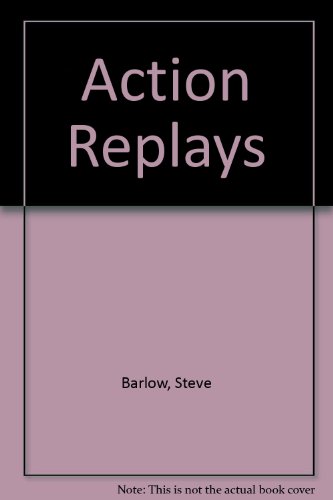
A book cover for Action Replays; Steve Barlow; Teen & Young Adult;